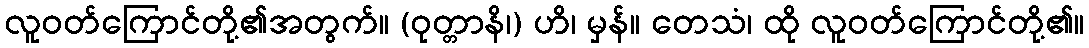
လူဝတ်ကြောင်တို့၏အတွက်။ (ဝုတ္တာနိ၊) ဟိ၊ မှန်။ တေသံ၊ ထို လူဝတ်ကြောင်တို့၏။